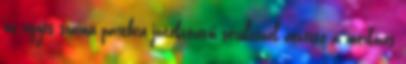
az egyes számú partbíró játékvezetői sérülésnél átvette a mérkőzés